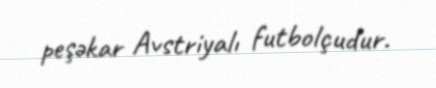
peşəkar Avstriyalı futbolçudur.